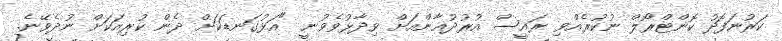
ކަރުނަފޮދު ކޮންޓްރޯލް ނުކުރެއްވި ރައީސް އުރުދުޣާންއަށް ވިދާޅުވެވުނީ "އަޅުގަނޑަކަށް ދެން ކުރިއަކަށް ނުދެވޭނެ.